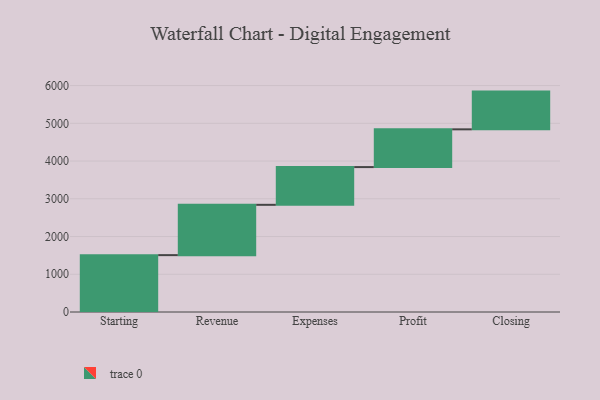
{"axis": {"x": "Step", "y": "Value"}, "legend": [""], "data": [{"x": "Starting", "y": 1507.0, "type": ""}, {"x": "Revenue", "y": 1333.0, "type": ""}, {"x": "Expenses", "y": 1000, "type": ""}, {"x": "Profit", "y": 1000, "type": ""}, {"x": "Closing", "y": 1000, "type": ""}]}